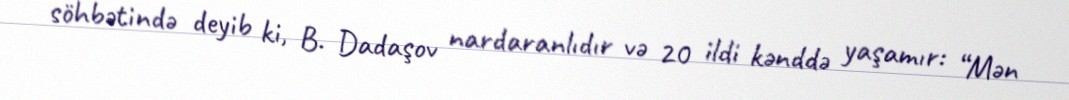
söhbətində deyib ki, B. Dadaşov nardaranlıdır və 20 ildi kənddə yaşamır: “Mən